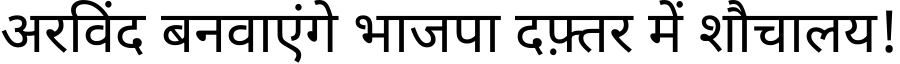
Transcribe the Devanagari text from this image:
अरविंद बनवाएंगे भाजपा दफ़्तर में शौचालय!